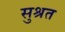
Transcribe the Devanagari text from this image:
सुश्रत